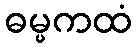
ဓမ္မကထံ